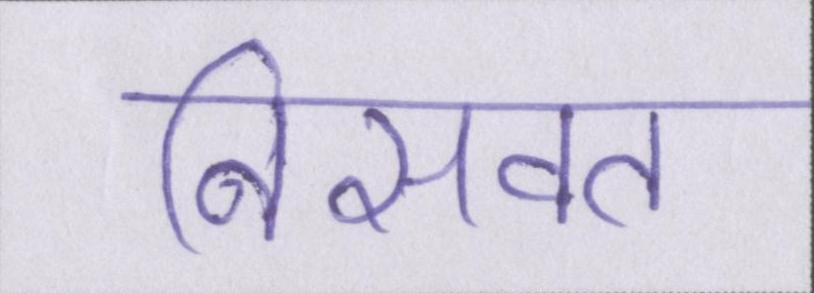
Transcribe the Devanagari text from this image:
निसवत